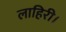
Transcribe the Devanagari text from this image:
लाहिरी।